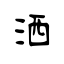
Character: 洒